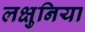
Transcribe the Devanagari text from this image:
लक्षुनिया